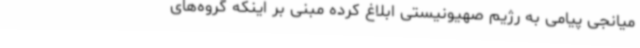
میانجی پیامی به رژیم صهیونیستی ابلاغ کرده مبنی بر اینکه گروه‌های